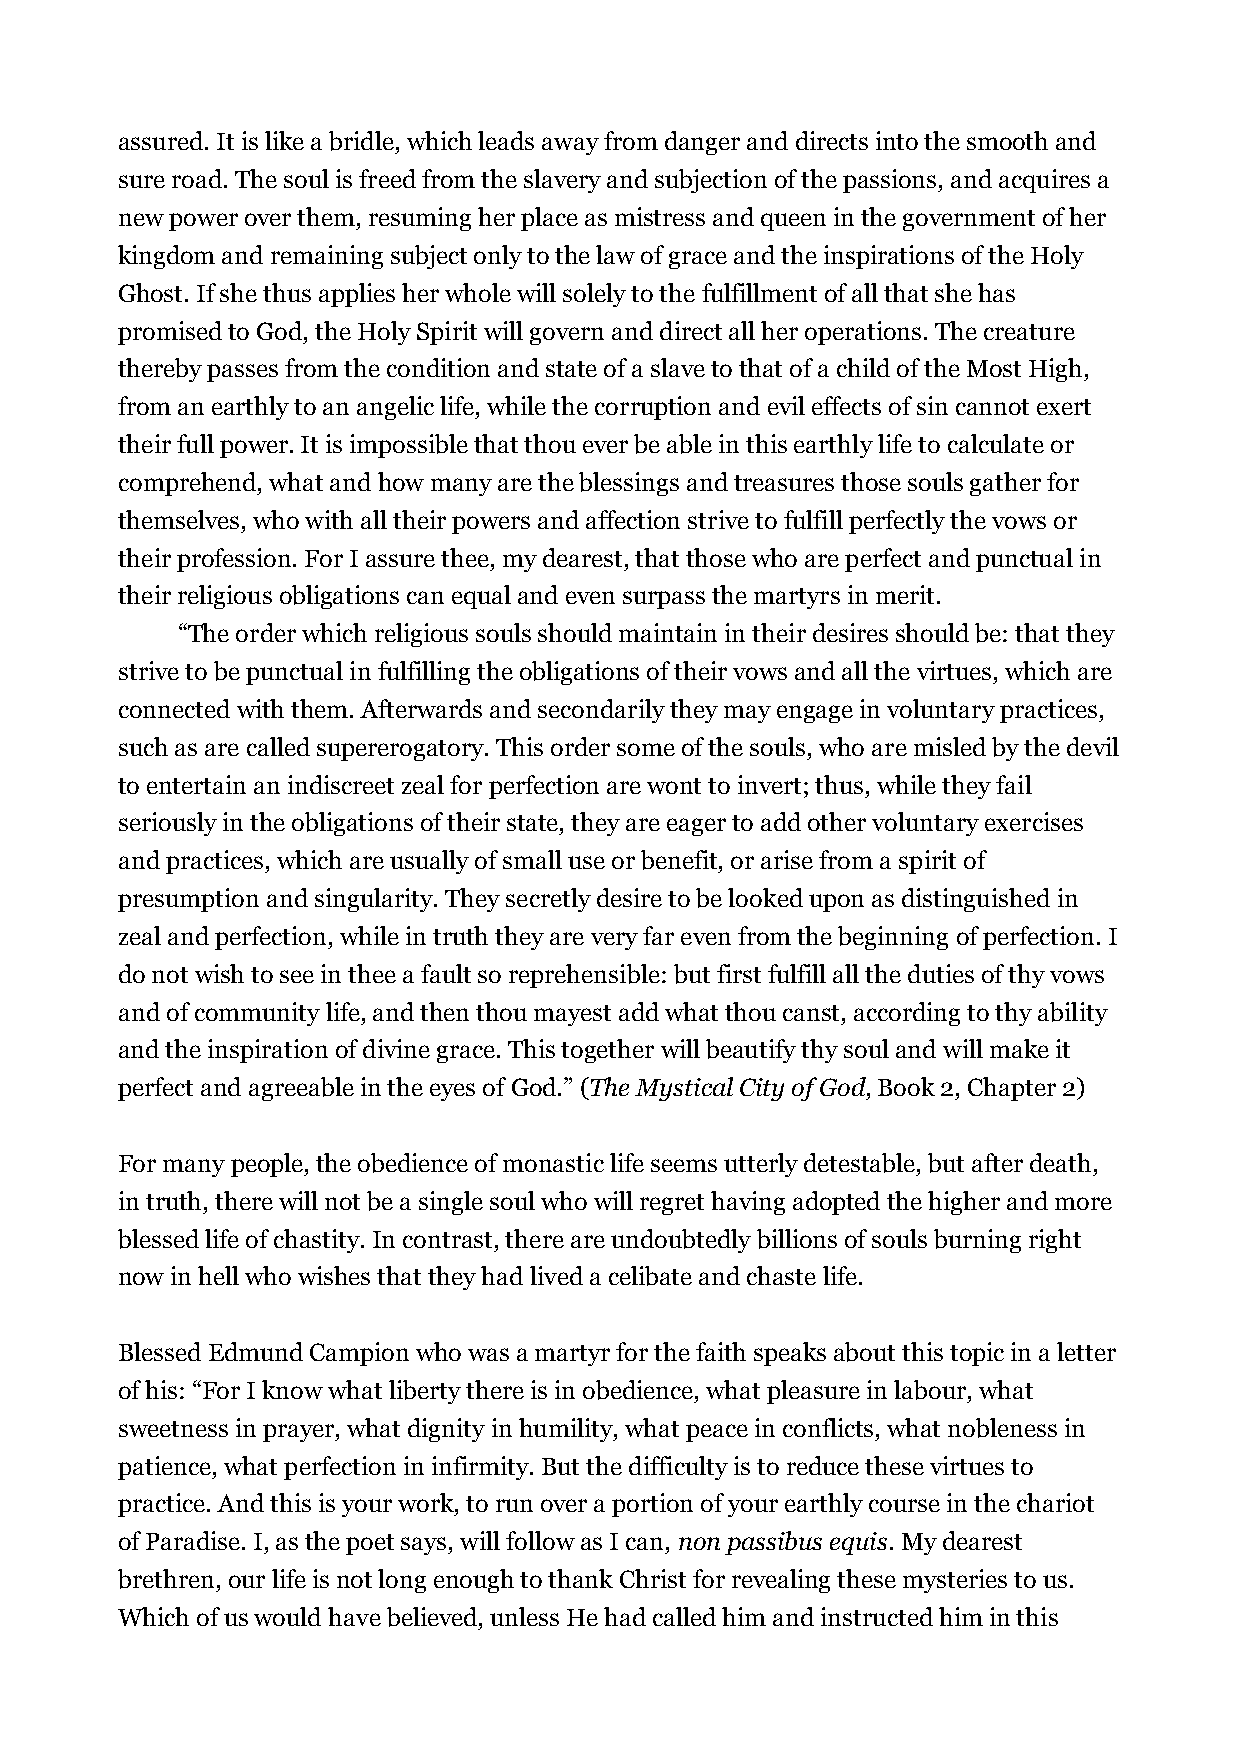
assured. It is like a bridle, which leads away from danger and directs into the smooth and
 sure road. The soul is freed from the slavery and subjection of the passions, and acquires a
 new power over them, resuming her place as mistress and queen in the government of her
 kingdom and remaining subject only to the law of grace and the inspirations of the Holy
 Ghost. If she thus applies her whole will solely to the fulfillment of all that she has
 promised to God, the Holy Spirit will govern and direct all her operations. The creature
 thereby passes from the condition and state of a slave to that of a child of the Most High,
 from an earthly to an angelic life, while the corruption and evil effects of sin cannot exert
 their full power. It is impossible that thou ever be able in this earthly life to calculate or
 comprehend, what and how many are the blessings and treasures those souls gather for
 themselves, who with all their powers and affection strive to fulfill perfectly the vows or
 their profession. For I assure thee, my dearest, that those who are perfect and punctual in
 their religious obligations can equal and even surpass the martyrs in merit.
 “The order which religious souls should maintain in their desires should be: that they
 strive to be punctual in fulfilling the obligations of their vows and all the virtues, which are
 connected with them. Afterwards and secondarily they may engage in voluntary practices,
 such as are called supererogatory. This order some of the souls, who are misled by the devil
 to entertain an indiscreet zeal for perfection are wont to invert; thus, while they fail
 seriously in the obligations of their state, they are eager to add other voluntary exercises
 and practices, which are usually of small use or benefit, or arise from a spirit of
 presumption and singularity. They secretly desire to be looked upon as distinguished in
 zeal and perfection, while in truth they are very far even from the beginning of perfection. I
 do not wish to see in thee a fault so reprehensible: but first fulfill all the duties of thy vows
 and of community life, and then thou mayest add what thou canst, according to thy ability
 and the inspiration of divine grace. This together will beautify thy soul and will make it
 perfect and agreeable in the eyes of God.” (The Mystical City of God, Book 2, Chapter 2)
 For many people, the obedience of monastic life seems utterly detestable, but after death,
 in truth, there will not be a single soul who will regret having adopted the higher and more
 blessed life of chastity. In contrast, there are undoubtedly billions of souls burning right
 now in hell who wishes that they had lived a celibate and chaste life.
 Blessed Edmund Campion who was a martyr for the faith speaks about this topic in a letter
 of his: “For I know what liberty there is in obedience, what pleasure in labour, what
 sweetness in prayer, what dignity in humility, what peace in conflicts, what nobleness in
 patience, what perfection in infirmity. But the difficulty is to reduce these virtues to
 practice. And this is your work, to run over a portion of your earthly course in the chariot
 of Paradise. I, as the poet says, will follow as I can, non passibus equis. My dearest
 brethren, our life is not long enough to thank Christ for revealing these mysteries to us.
 Which of us would have believed, unless He had called him and instructed him in this